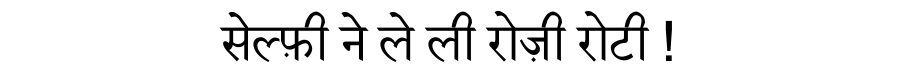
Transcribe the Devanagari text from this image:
सेल्फ़ी ने ले ली रोज़ी रोटी !